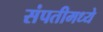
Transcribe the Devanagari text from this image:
संपतीमध्ये